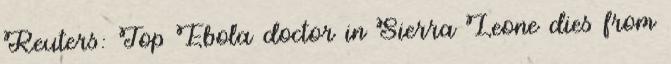
Reuters: Top Ebola doctor in Sierra Leone dies from